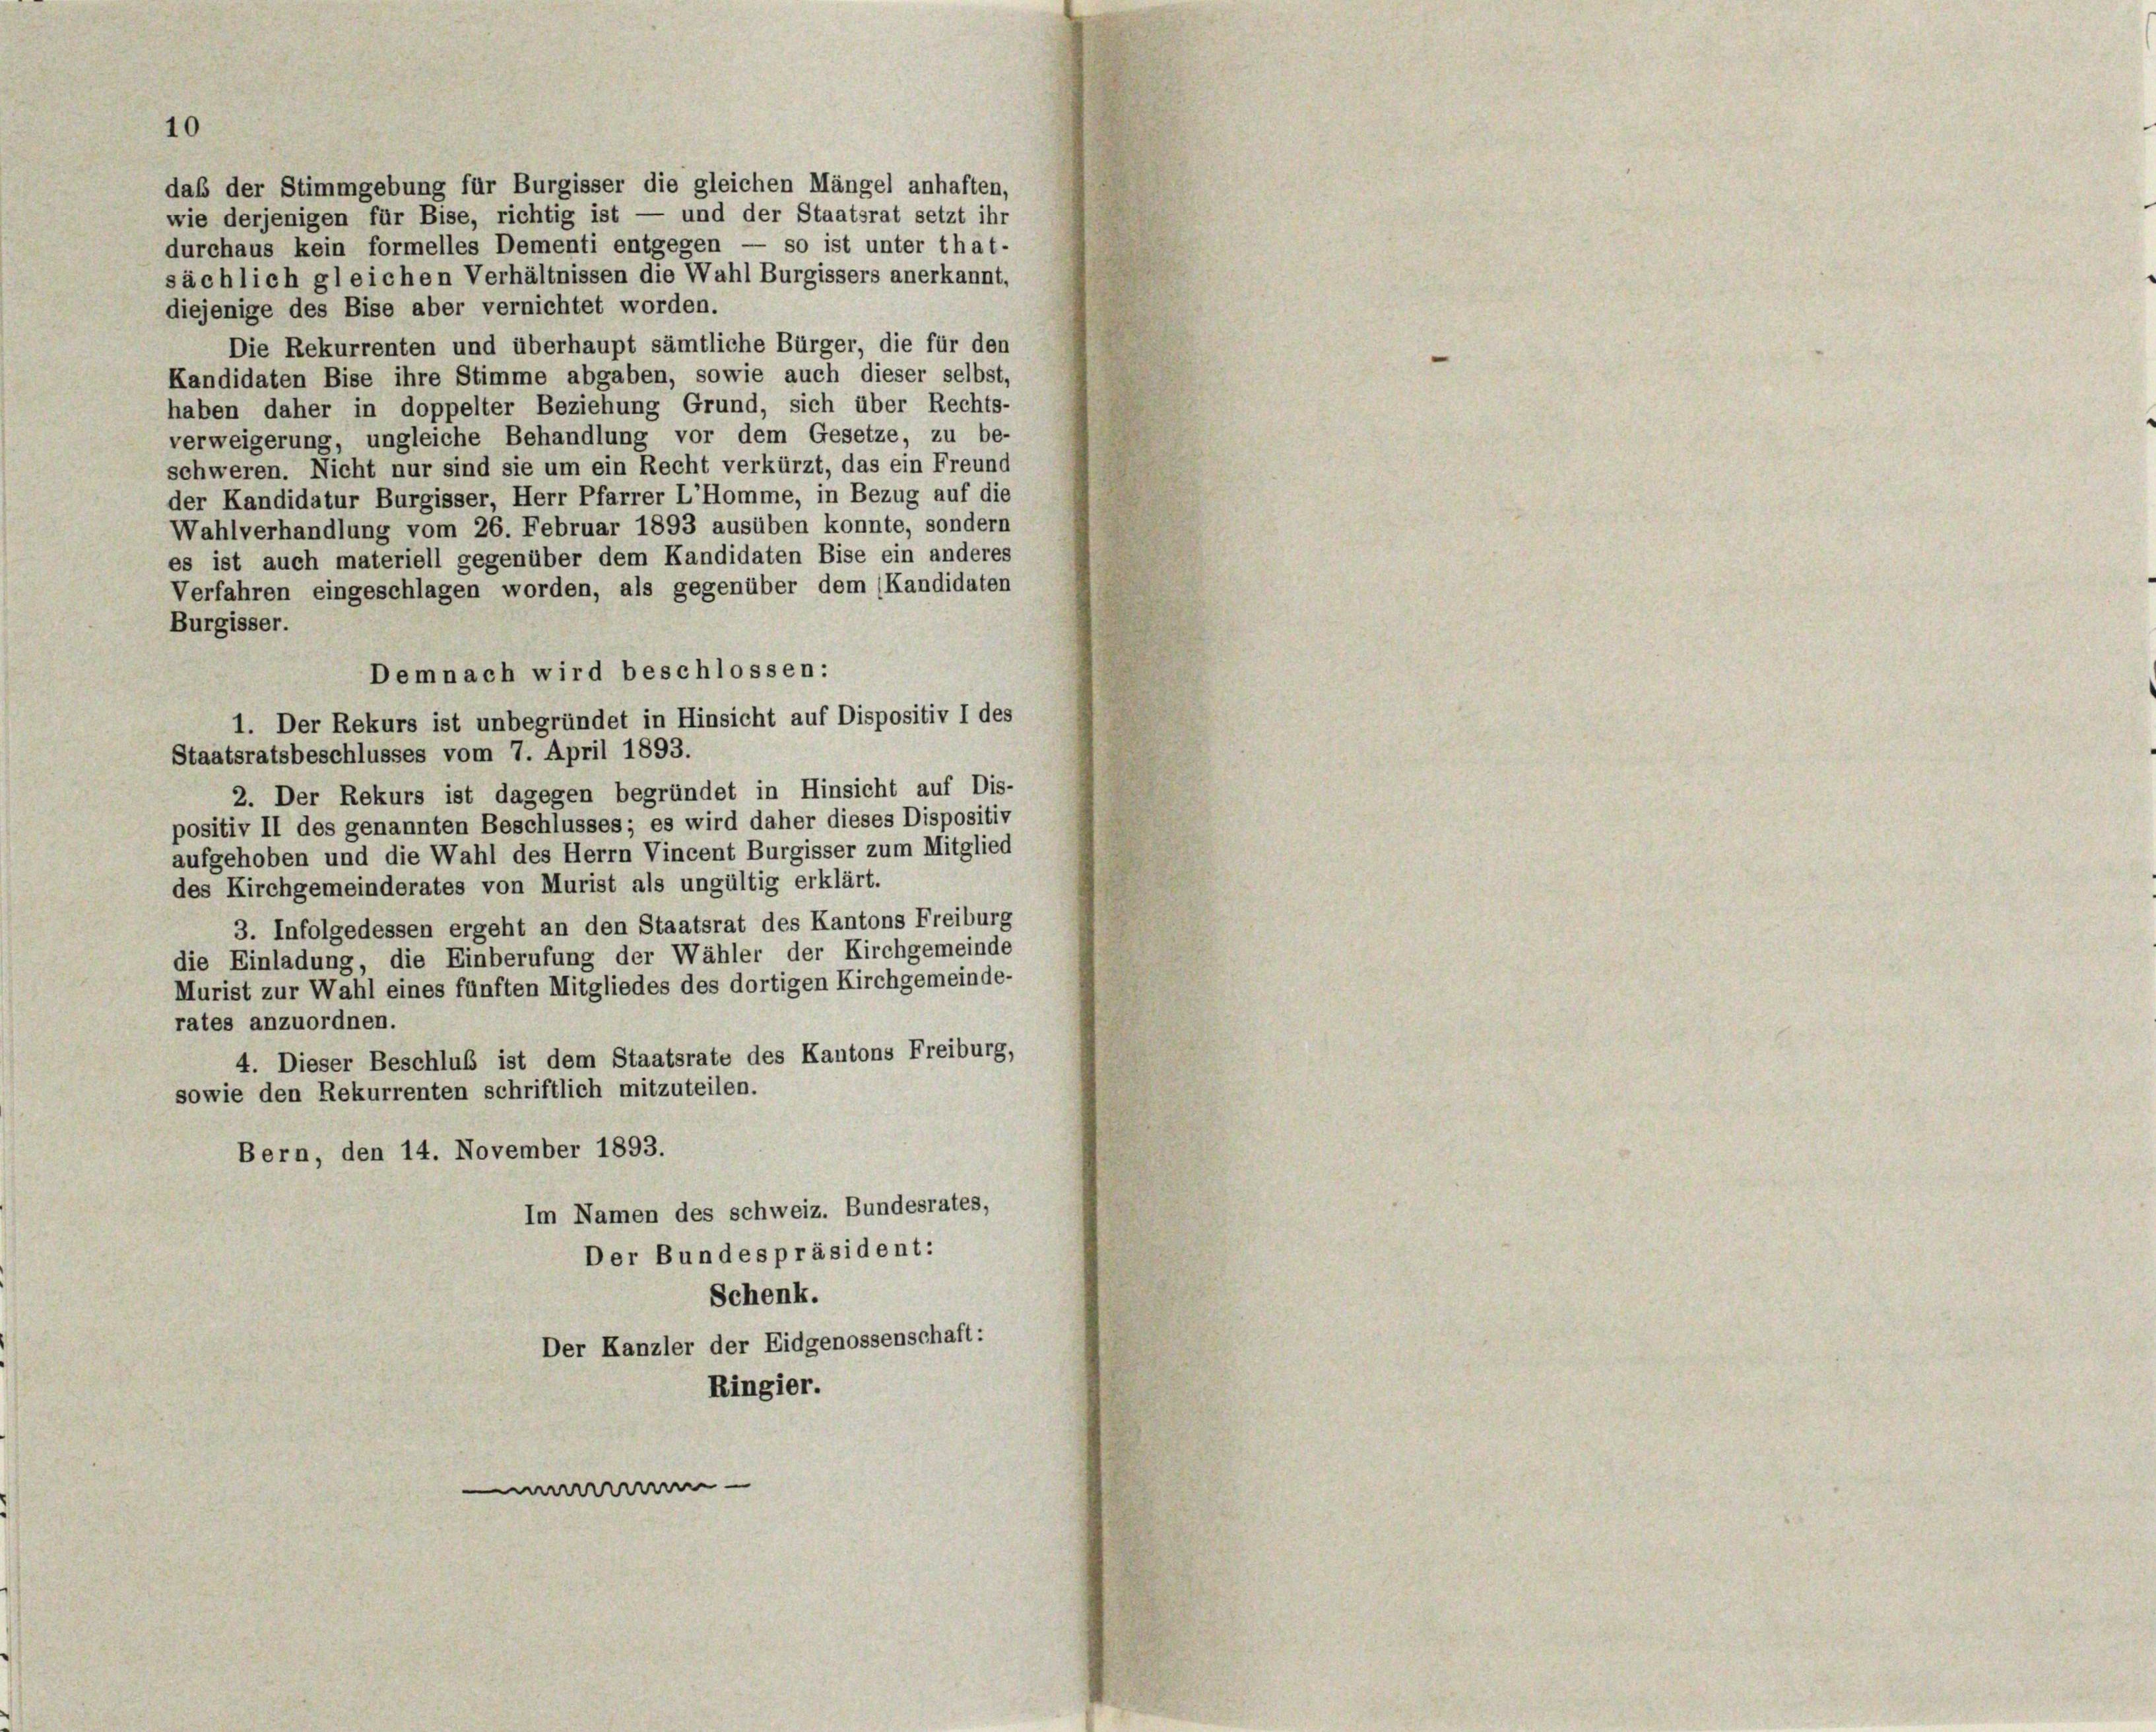
10

daß der Stimmgebung für Burgisser die gleichen Mängel anhaften,
wie derjenigen für Bise, richtig ist — und der Staatsrat setzt ihr
durchaus kein formelles Dementi entgegen — so ist unter that-
sächlich gleichen Verhältnissen die Wahl Burgissers anerkannt,
diejenige des Bise aber vernichtet worden.
Die Rekurrenten und überhaupt sämtliche Bürger, die für den
Kandidaten Bise ihre Stimme abgaben, sowie auch dieser selbst,
haben daher in doppelter Beziehung Grund, sich über Rechts-
verweigerung, ungleiche Behandlung vor dem Gesetze, zu be-
schweren. Nicht nur sind sie um ein Recht verkürzt, das ein Freund
der Kandidatur Burgisser, Herr Pfarrer L’homme, in Bezug auf die
Wahlverhandlung vom 26. Februar 1893 ausüben konnte, sondern
es ist auch materiell gegenüber dem Kandidaten Bise ein anderes
Verfahren eingeschlagen worden, als gegenüber dem (Kandidaten
Burgisser.
Staatsratsbeschlusses vom 7. April 1893.
2. Der Rekurs ist dagegen begründet in Hinsicht auf Dis-
positiv II des genannten Beschlusses; es wird daher dieses Dispositiv
aufgehoben und die Wahl des Herrn Vincent Burgisser zum Mitglied
des Kirchgemeinderates von Murist als ungültig erklärt.
3. Infolgedessen ergeht an den Staatsrat des Kantons Freiburg
die Einladung, die Einberufung der Wähler der Kirchgemeinde
Murist zur Wahl eines fünften Mitgliedes des dortigen Kirchgemeinde-
rates anzuordnen.
4. Dieser Beschluß ist dem Staatsrate des Kantons Freiburg,
sowie den Rekurrenten schriftlich mitzuteilen.
Bern, den 14. November 1893.
Im Namen des schweiz. Bundesrates,
Der Bundespräsident:
Schenk.
Der Kanzler der Eidgenossenschaft:
Ringier.

Demnach wird beschlossen:
1. Der Rekurs ist unbegründet in Hinsicht auf Dispositiv I des

-